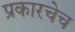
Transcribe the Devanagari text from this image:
प्रकारचेच